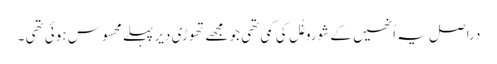
دراصل یہ اُنھیں کے شوروغُل کی کمی تھی جو مجھے تھوڑی دیر پہلے محسوس ہوئی تھی ۔